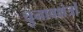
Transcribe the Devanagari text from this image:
चुनावक्षेत्रों